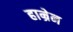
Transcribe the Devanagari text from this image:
हाम्रेन